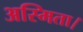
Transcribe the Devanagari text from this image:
अस्मिता।